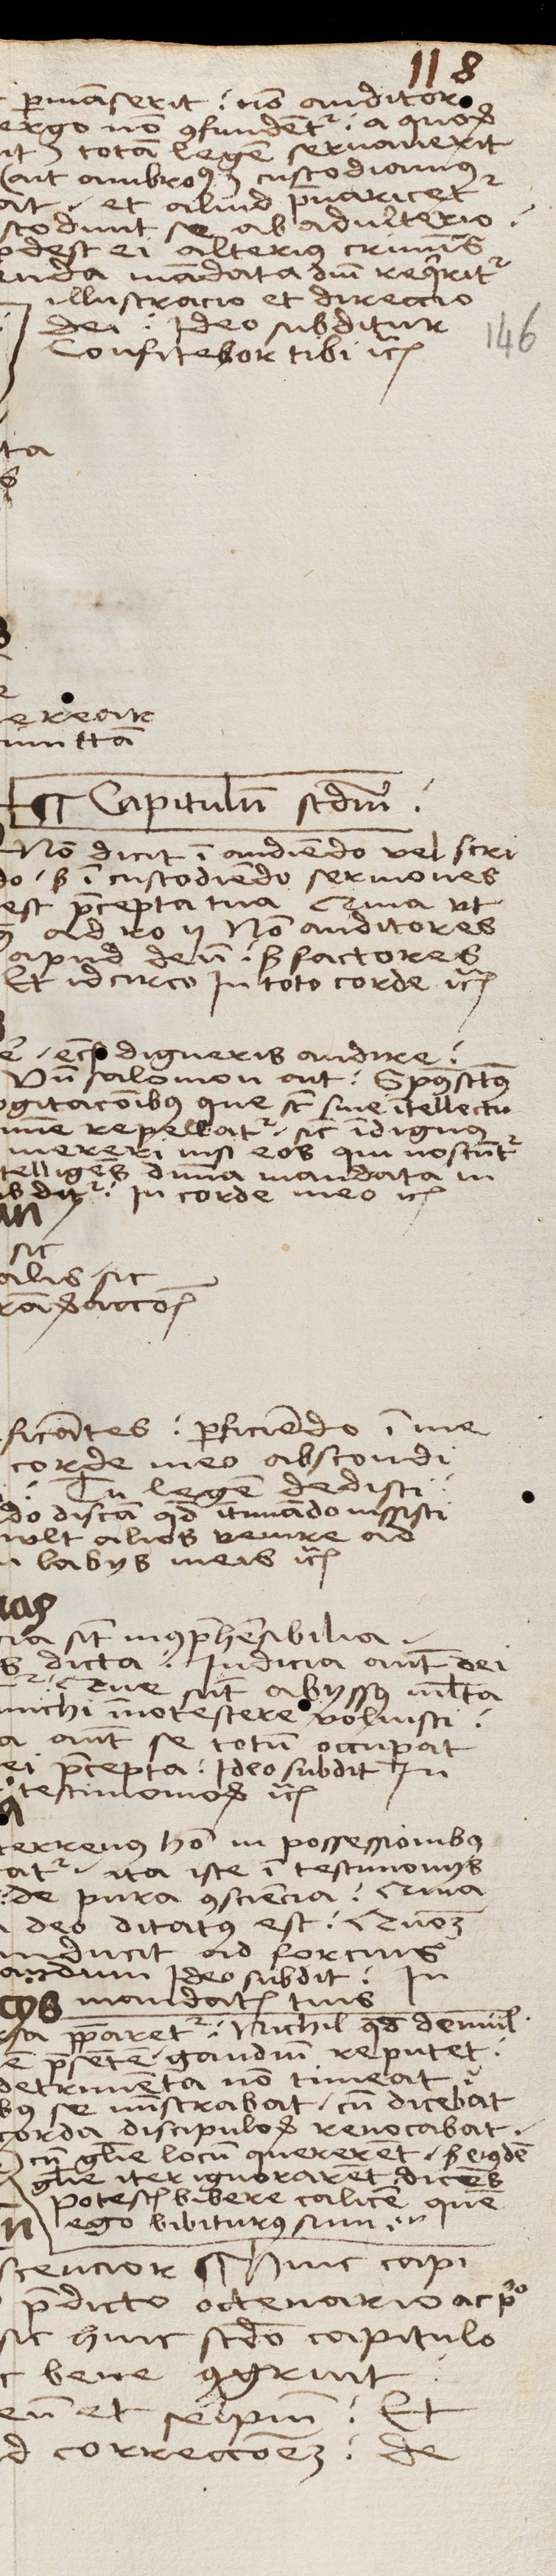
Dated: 1503–1503